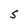
Character: S